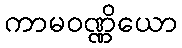
ကာမဝဏ္ဏိယော